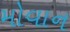
મોવાન